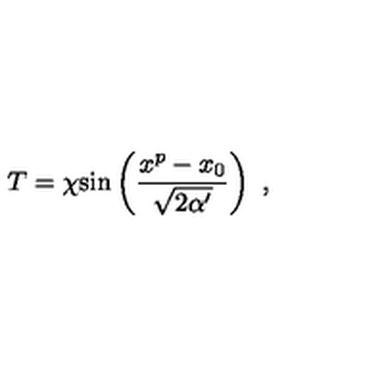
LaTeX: T = \chi \mathrm { s i n } \left( { \frac { x ^ { p } - x _ { 0 } } { \sqrt { 2 \alpha ^ { \prime } } } } \right) \ ,